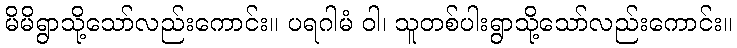
မိမိရွာသို့သော်လည်းကောင်း။ ပရဂါမံ ဝါ၊ သူတစ်ပါးရွာသို့သော်လည်းကောင်း။